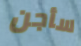
سأجن